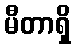
မီတာရှိ